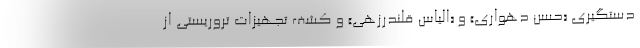
دستگیری «حسن دهواری» و «الیاس قلندرزهی» و کشف تجهیزات تروریستی از